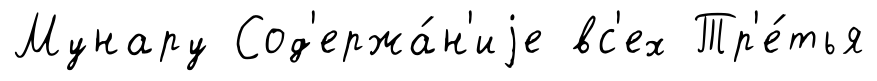
Мунару Сод'ержа́н'иjе вс'ех Тр'е́тья